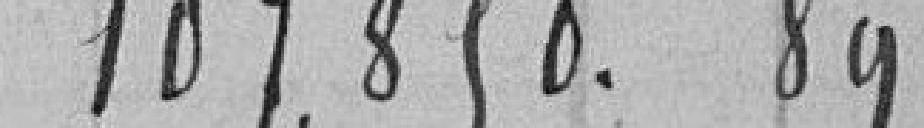
107,850.89